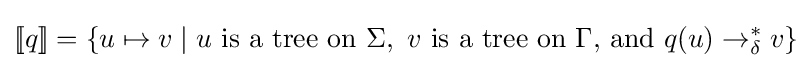
[\![q]\!]=\{u\mapsto v\mid u{\text{ is a tree on }}\Sigma ,\ v{\text{ is a tree on }}\Gamma {\text{, and }}q(u)\to _{\delta }^{*}v\}